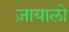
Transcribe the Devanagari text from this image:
ज़ायालो